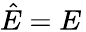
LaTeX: {\hat{E}}=E\,